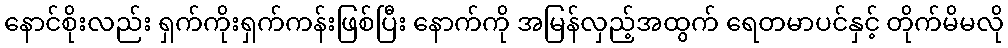
နောင်စိုးလည်း ရှက်ကိုးရှက်ကန်းဖြစ်ပြီး နောက်ကို အမြန်လှည့်အထွက် ရေတမာပင်နှင့် တိုက်မိမလို